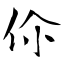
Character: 伱